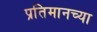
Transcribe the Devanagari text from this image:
प्रतिमानच्या